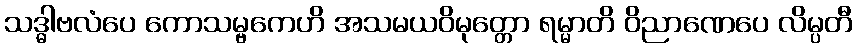
သဒ္ဓါဗလံပေ ကောသမ္ဗကေဟိ အသမယဝိမုတ္တော ရမ္မာတိ ဝိညာဏေပေ လိမ္ပတီ